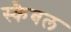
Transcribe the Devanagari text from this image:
स्कैबल